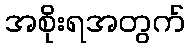
အစိုးရအတွက်